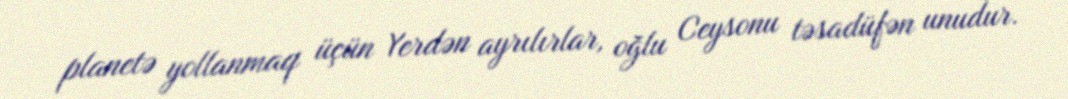
planetə yollanmaq üçün Yerdən ayrılırlar, oğlu Ceysonu təsadüfən unudur.